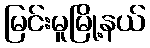
မြင်းမူမြို့နယ်